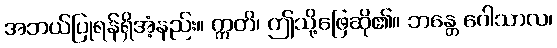
အဘယ်ပြုရန်ရှိအံ့နည်း။ ဣတိ၊ ဤသို့ဖြေဆို၏။ ဘန္တေ ဂေါသာလ၊